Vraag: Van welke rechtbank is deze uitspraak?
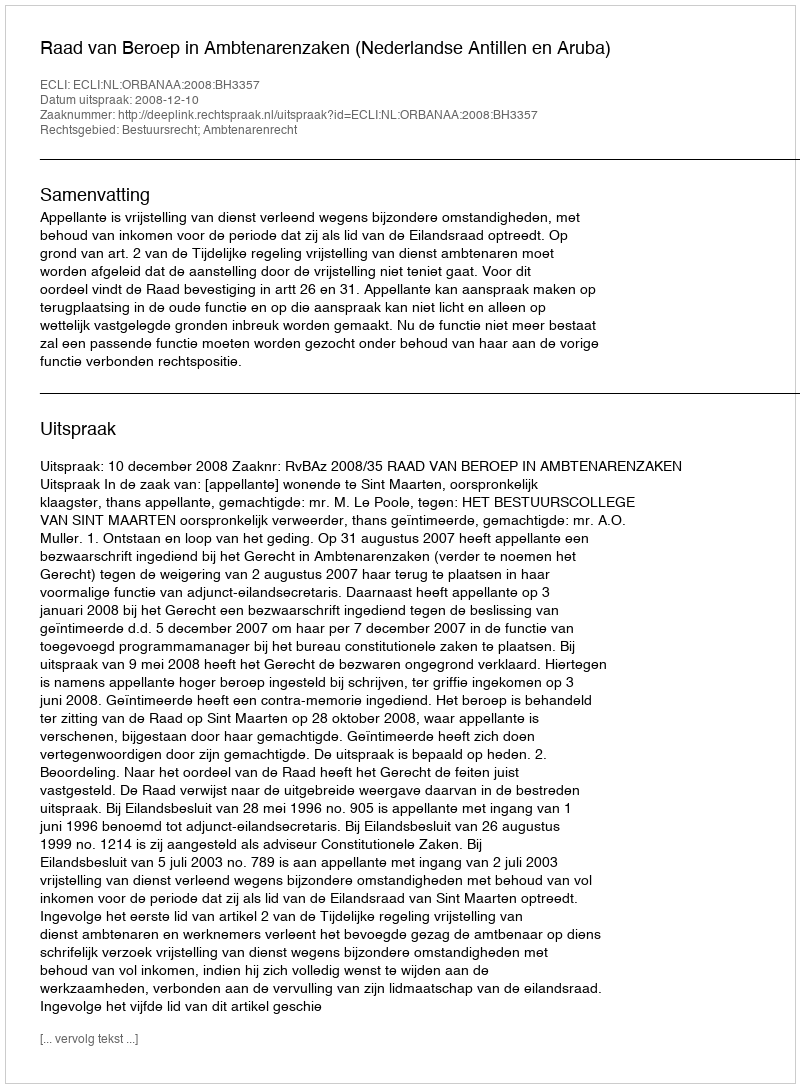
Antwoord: Raad van Beroep in Ambtenarenzaken (Nederlandse Antillen en Aruba)